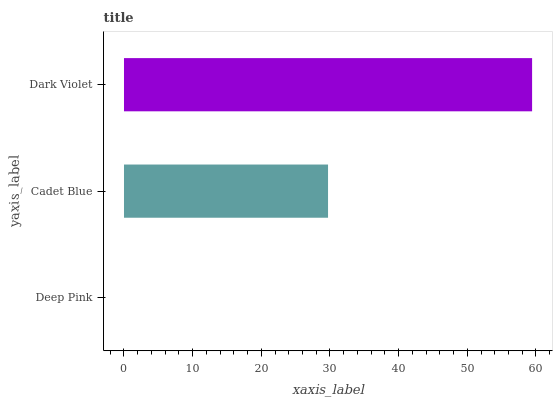
| yaxis_label | bars |
 | --- | --- |
 | Deep Pink | 0 |
 | Cadet Blue | 29.7 |
 | Dark Violet | 59.4 |